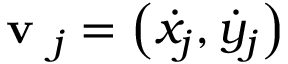
\textbf { v } _ { j } = \left( \dot { x } _ { j } , \dot { y } _ { j } \right)